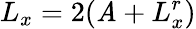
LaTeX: L_{x}=2(\mathit{A}+L_{x}^{r})